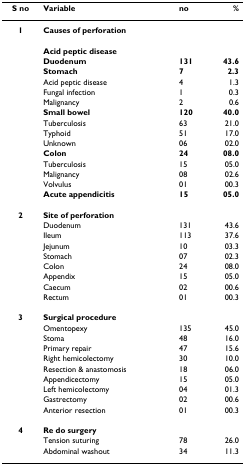
| S no | Variable | no | % |
 | --- | --- | --- | --- |
 | 1 | Causes of perforation |  |  |
 |  | Acid peptic disease |  |  |
 |  | Duodenum | 131 | 43.6 |
 |  | Stomach | 7 | 2.3 |
 |  | Acid peptic disease | 4 | 1.3 |
 |  | Fungal infection | 1 | 0.3 |
 |  | Malignancy | 2 | 0.6 |
 |  | Small bowel | 120 | 40.0 |
 |  | Tuberculosis | 63 | 21.0 |
 |  | Typhoid | 51 | 17.0 |
 |  | Unknown | 06 | 02.0 |
 |  | Colon | 24 | 08.0 |
 |  | Tuberculosis | 15 | 05.0 |
 |  | Malignancy | 08 | 02.6 |
 |  | Volvulus | 01 | 00.3 |
 |  | Acute appendicitis | 15 | 05.0 |
 | 2 | Site of perforation |  |  |
 |  | Duodenum | 131 | 43.6 |
 |  | Ileum | 113 | 37.6 |
 |  | Jejunum | 10 | 03.3 |
 |  | Stomach | 07 | 02.3 |
 |  | Colon | 24 | 08.0 |
 |  | Appendix | 15 | 05.0 |
 |  | Caecum | 02 | 00.6 |
 |  | Rectum | 01 | 00.3 |
 | 3 | Surgical procedure |  |  |
 |  | Omentopexy | 135 | 45.0 |
 |  | Stoma | 48 | 16.0 |
 |  | Primary repair | 47 | 15.6 |
 |  | Right hemicolectomy | 30 | 10.0 |
 |  | Resection & anastomosis | 18 | 06.0 |
 |  | Appendicectomy | 15 | 05.0 |
 |  | Left hemicolectomy | 04 | 01.3 |
 |  | Gastrectomy | 02 | 00.6 |
 |  | Anterior resection | 01 | 00.3 |
 | 4 | Re do surgery |  |  |
 |  | Tension suturing | 78 | 26.0 |
 |  | Abdominal washout | 34 | 11.3 |